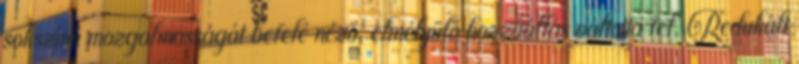
sokszínű mozgalmasságát befelé néző, elmélyülő hozzáállás váltotta fel. Redukált